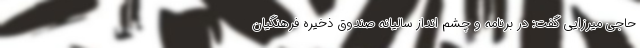
حاجی میرزایی گفت: در برنامه و چشم انداز سالیانه صندوق ذخیره فرهنگیان